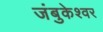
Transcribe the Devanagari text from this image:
जंबुकेश्‍वर